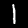
Label: 1